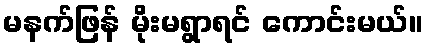
မနက်ဖြန် မိုးမရွာရင် ကောင်းမယ်။